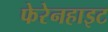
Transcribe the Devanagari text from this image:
फेरेनहाइट